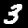
Label: 3